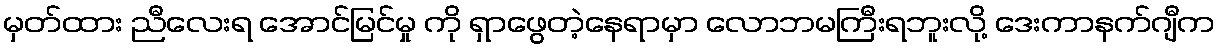
မှတ်ထား ညီလေးရ အောင်မြင်မှု ကို ရှာဖွေတဲ့နေရာမှာ လောဘမကြီးရဘူးလို့ ဒေးကာနက်ဂျီက